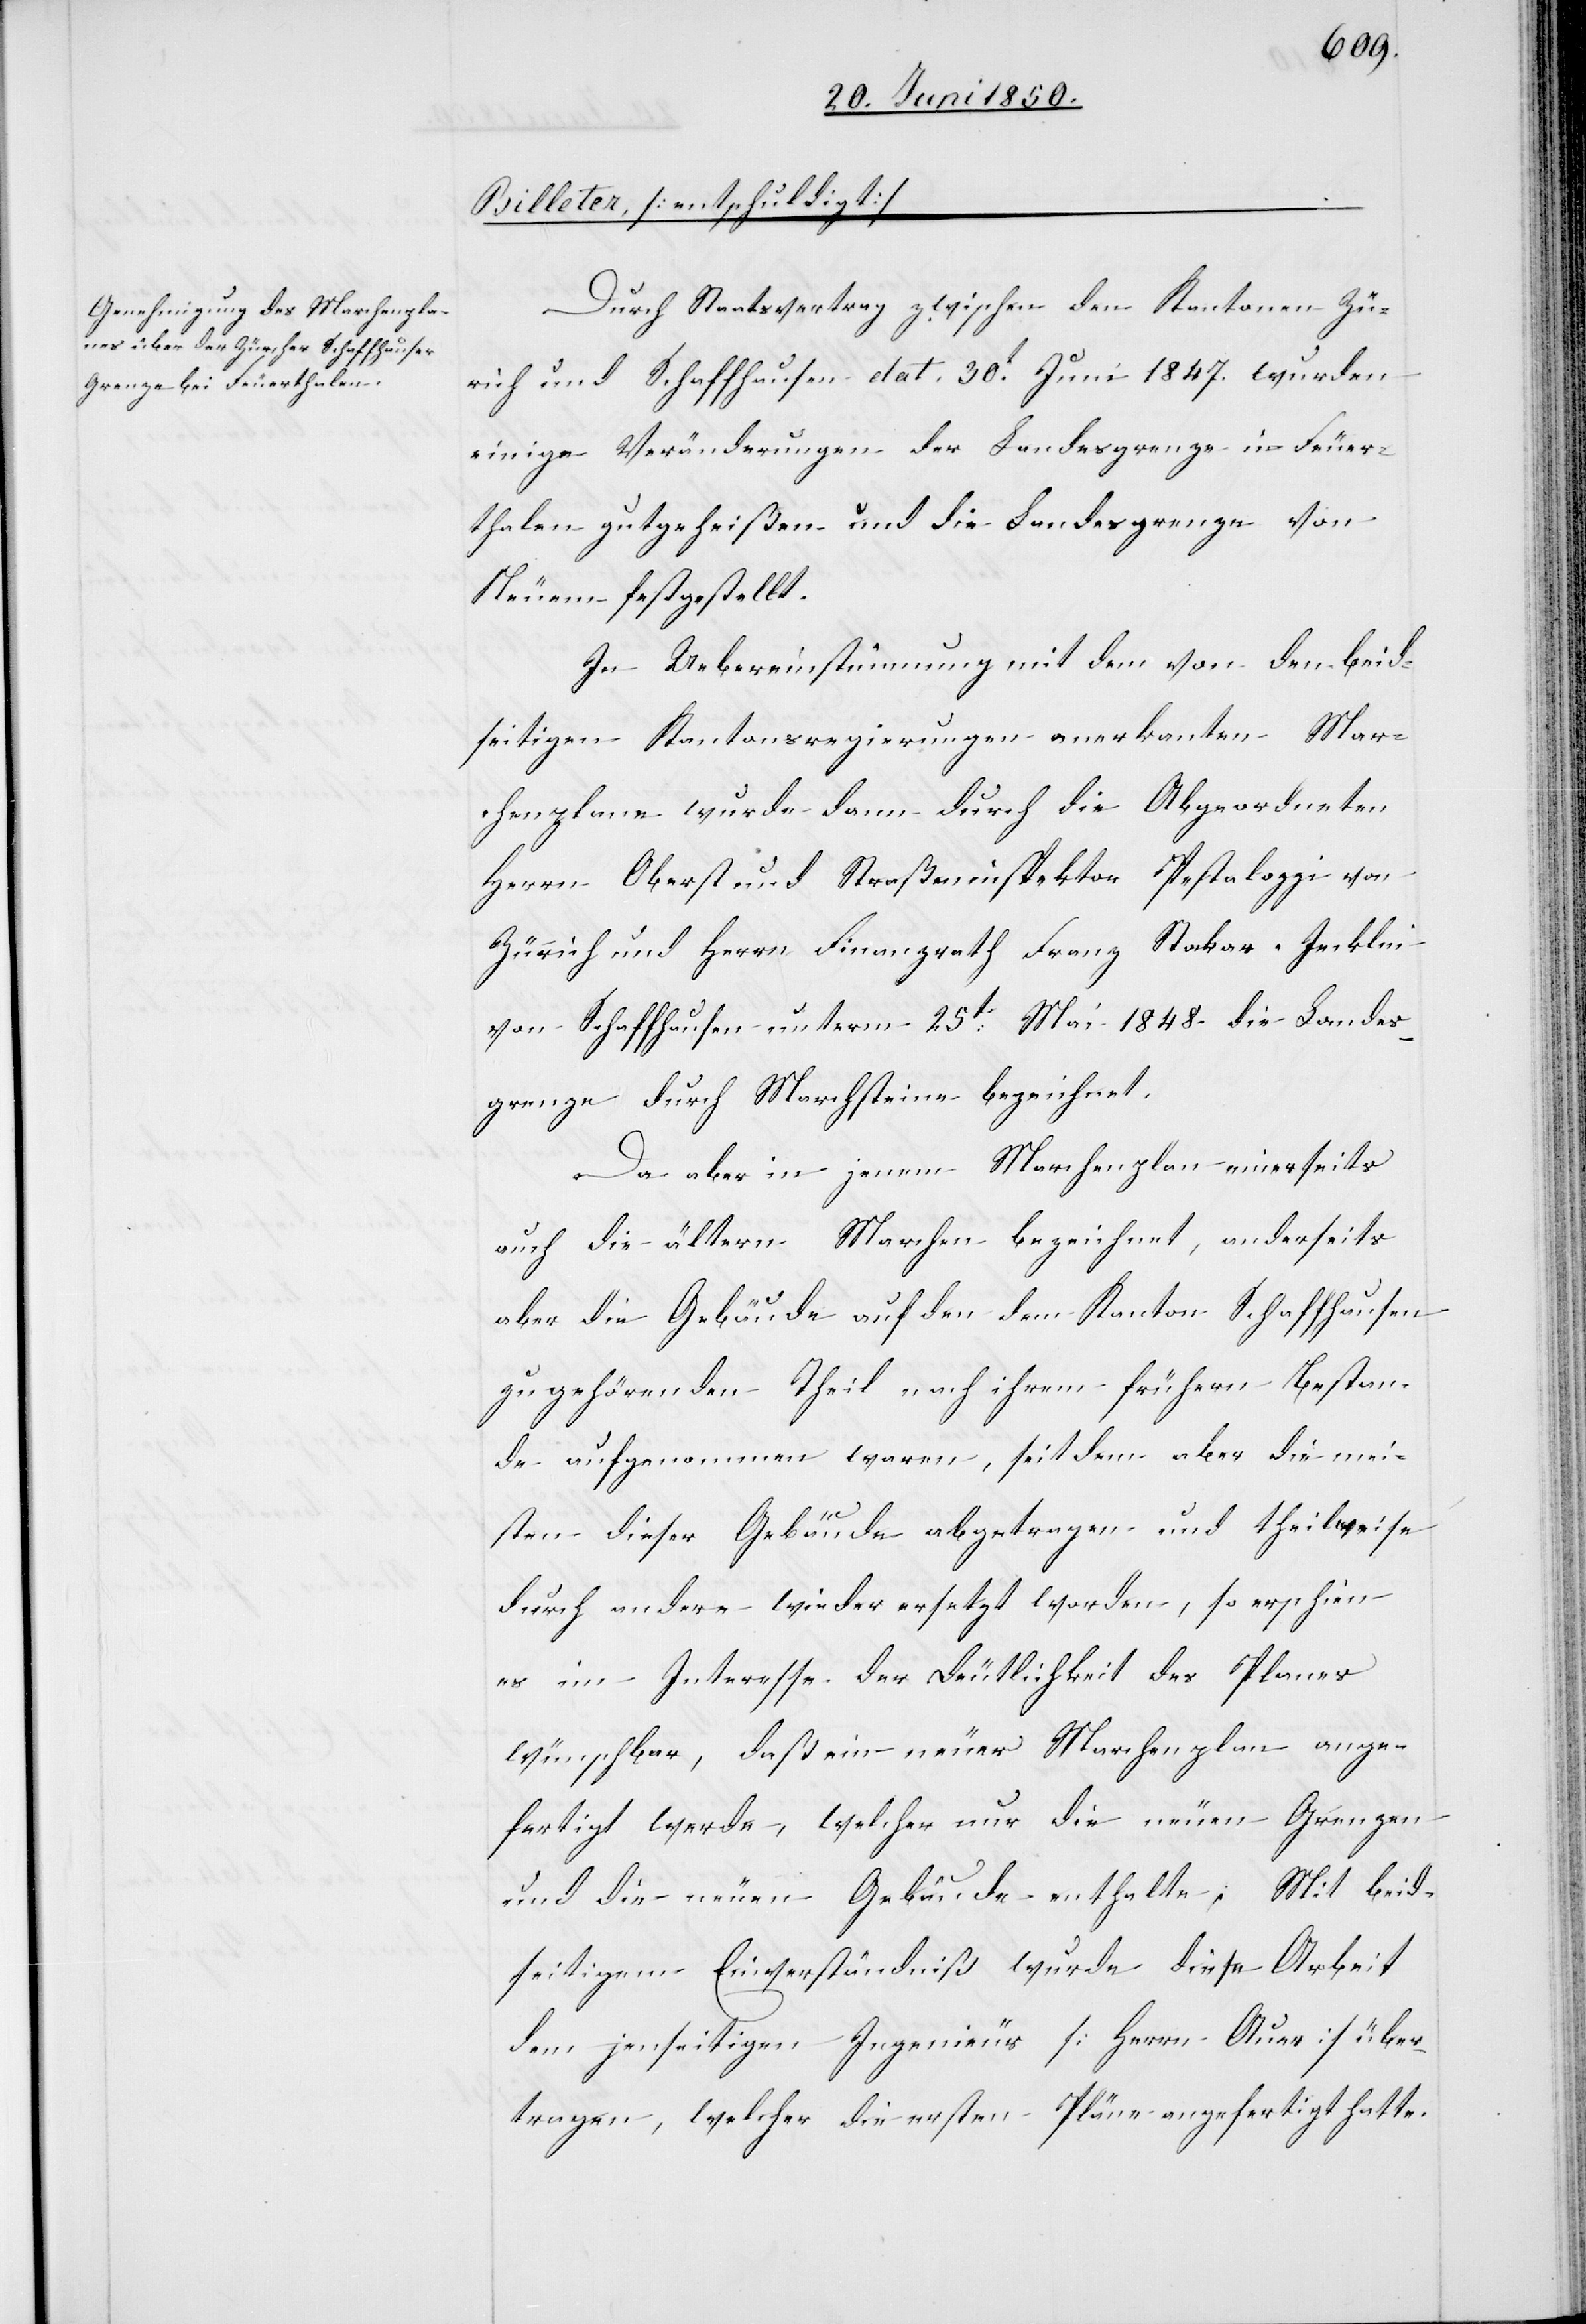
Durch Staatsvertrag zwischen den Kantonen Zü¬
rich und Schaffhausen dat. 30t Juni 1847. wurden
einige Veränderungen der Landesgrenze in Feuer¬
thalen gutgeheißen und die Landesgrenze von
Neuem festgestellt.
In Uebereinstimmung mit dem von den beid¬
seitigen Kantonsregierungen anerkanten Mar¬
chenplane wurde dann durch die Abgeordneten
Herrn Oberst und Straßeninspektor Pestalozzi von
Zürich und Herrn Finanzrath Franz Stockar-Jecklin
von Schaffhausen unterm 25t Mai 1848. die Landes¬
grenze durch Marchsteine bezeichnet.
Da aber in jenem Marchenplan einerseits
auch die ältern Marchen dem Kanton Schaffhausen
zugehörenden Theil nach ihrem frühern Bestan¬
de aufgenommen waren, seit dem aber die mei¬
sten dieser Gebäude abgetragen und theilweise
durch andere wieder ersetzt worden, so erschien
es im Interesse der Deutlichkeit des Planes
wünschbar, daß ein neuer Marchenplan ange¬
fertigt werde, welcher nur die neuen Grenzen
und die neuen Gebäude enthalte; Mit beid¬
seitigem Einverständniß wurde diese Arbeit
dem jenseitigen Ingenieur [Herrn Auer] über¬
tragen, welcher die ersten Pläne angefertigt hatte.